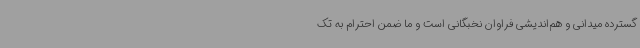
گسترده میدانی و هم‌اندیشی فراوان نخبگانی است و ما ضمن احترام به تک